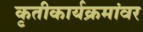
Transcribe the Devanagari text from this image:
कृतीकार्यक्रमांवर